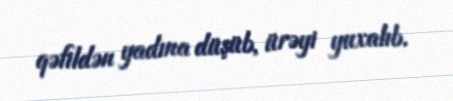
qəfildən yadına düşüb, ürəyi yuxalıb.